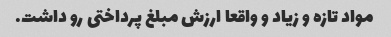
مواد تازه و زیاد و واقعا ارزش مبلغ پرداختی رو داشت.